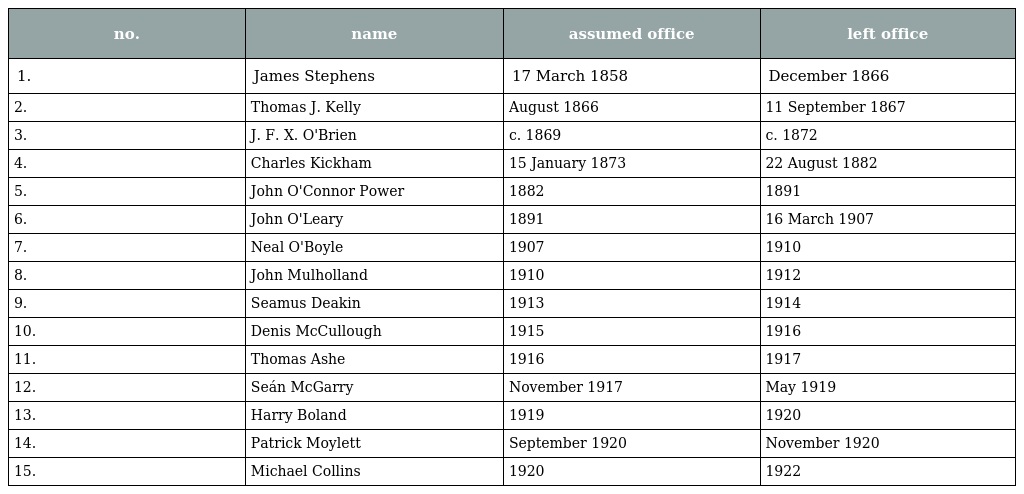
| no. | name | assumed office | left office |
 | --- | --- | --- | --- |
 | 1. | James Stephens | 17 March 1858 | December 1866 |
 | 2. | Thomas J. Kelly | August 1866 | 11 September 1867 |
 | 3. | J. F. X. O'Brien | c. 1869 | c. 1872 |
 | 4. | Charles Kickham | 15 January 1873 | 22 August 1882 |
 | 5. | John O'Connor Power | 1882 | 1891 |
 | 6. | John O'Leary | 1891 | 16 March 1907 |
 | 7. | Neal O'Boyle | 1907 | 1910 |
 | 8. | John Mulholland | 1910 | 1912 |
 | 9. | Seamus Deakin | 1913 | 1914 |
 | 10. | Denis McCullough | 1915 | 1916 |
 | 11. | Thomas Ashe | 1916 | 1917 |
 | 12. | Seán McGarry | November 1917 | May 1919 |
 | 13. | Harry Boland | 1919 | 1920 |
 | 14. | Patrick Moylett | September 1920 | November 1920 |
 | 15. | Michael Collins | 1920 | 1922 |